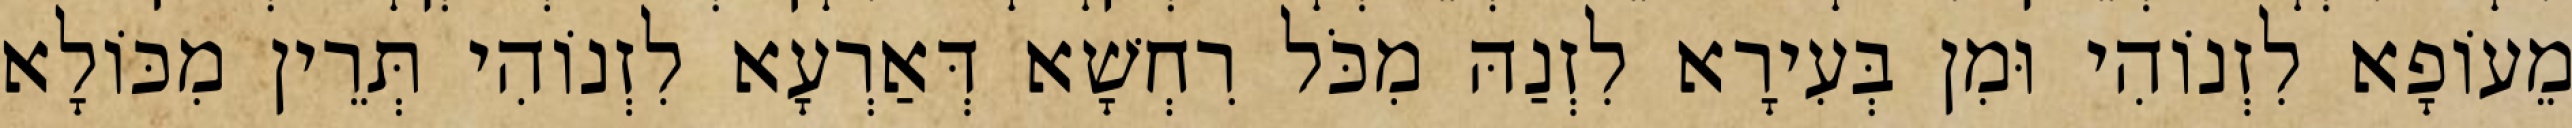
מֵעוֹפָא לִזְנוֹהִי וּמִן בְּעִירָא לִזְנַהּ מִכֹּל רִחְשָׁא דְּאַרְעָא לִזְנוֹהִי תְּרֵין מִכּוֹלָא